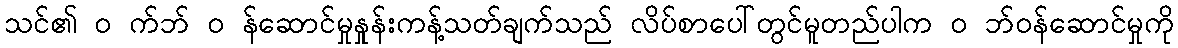
သင်၏ ၀ က်ဘ် ၀ န်ဆောင်မှုနှုန်းကန့်သတ်ချက်သည် လိပ်စာပေါ်တွင်မူတည်ပါက ၀ ဘ်ဝန်ဆောင်မှုကို